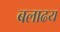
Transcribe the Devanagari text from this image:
बलाढय